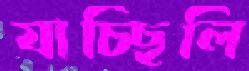
যাচ্ছিলি